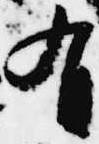
有